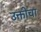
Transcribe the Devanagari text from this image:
उक्तीचा